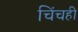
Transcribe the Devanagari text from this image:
चिंचही